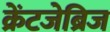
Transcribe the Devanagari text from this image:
क्रेंटजेब्रिज